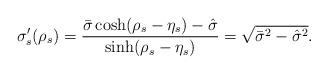
LaTeX: \begin{align*} \sigma_s'(\rho_s)={\bar\sigma\cosh(\rho_s-\eta_s)-\hat\sigma\over \sinh(\rho_s-\eta_s)} = \sqrt{\bar\sigma^2-\hat\sigma^2}.\end{align*}